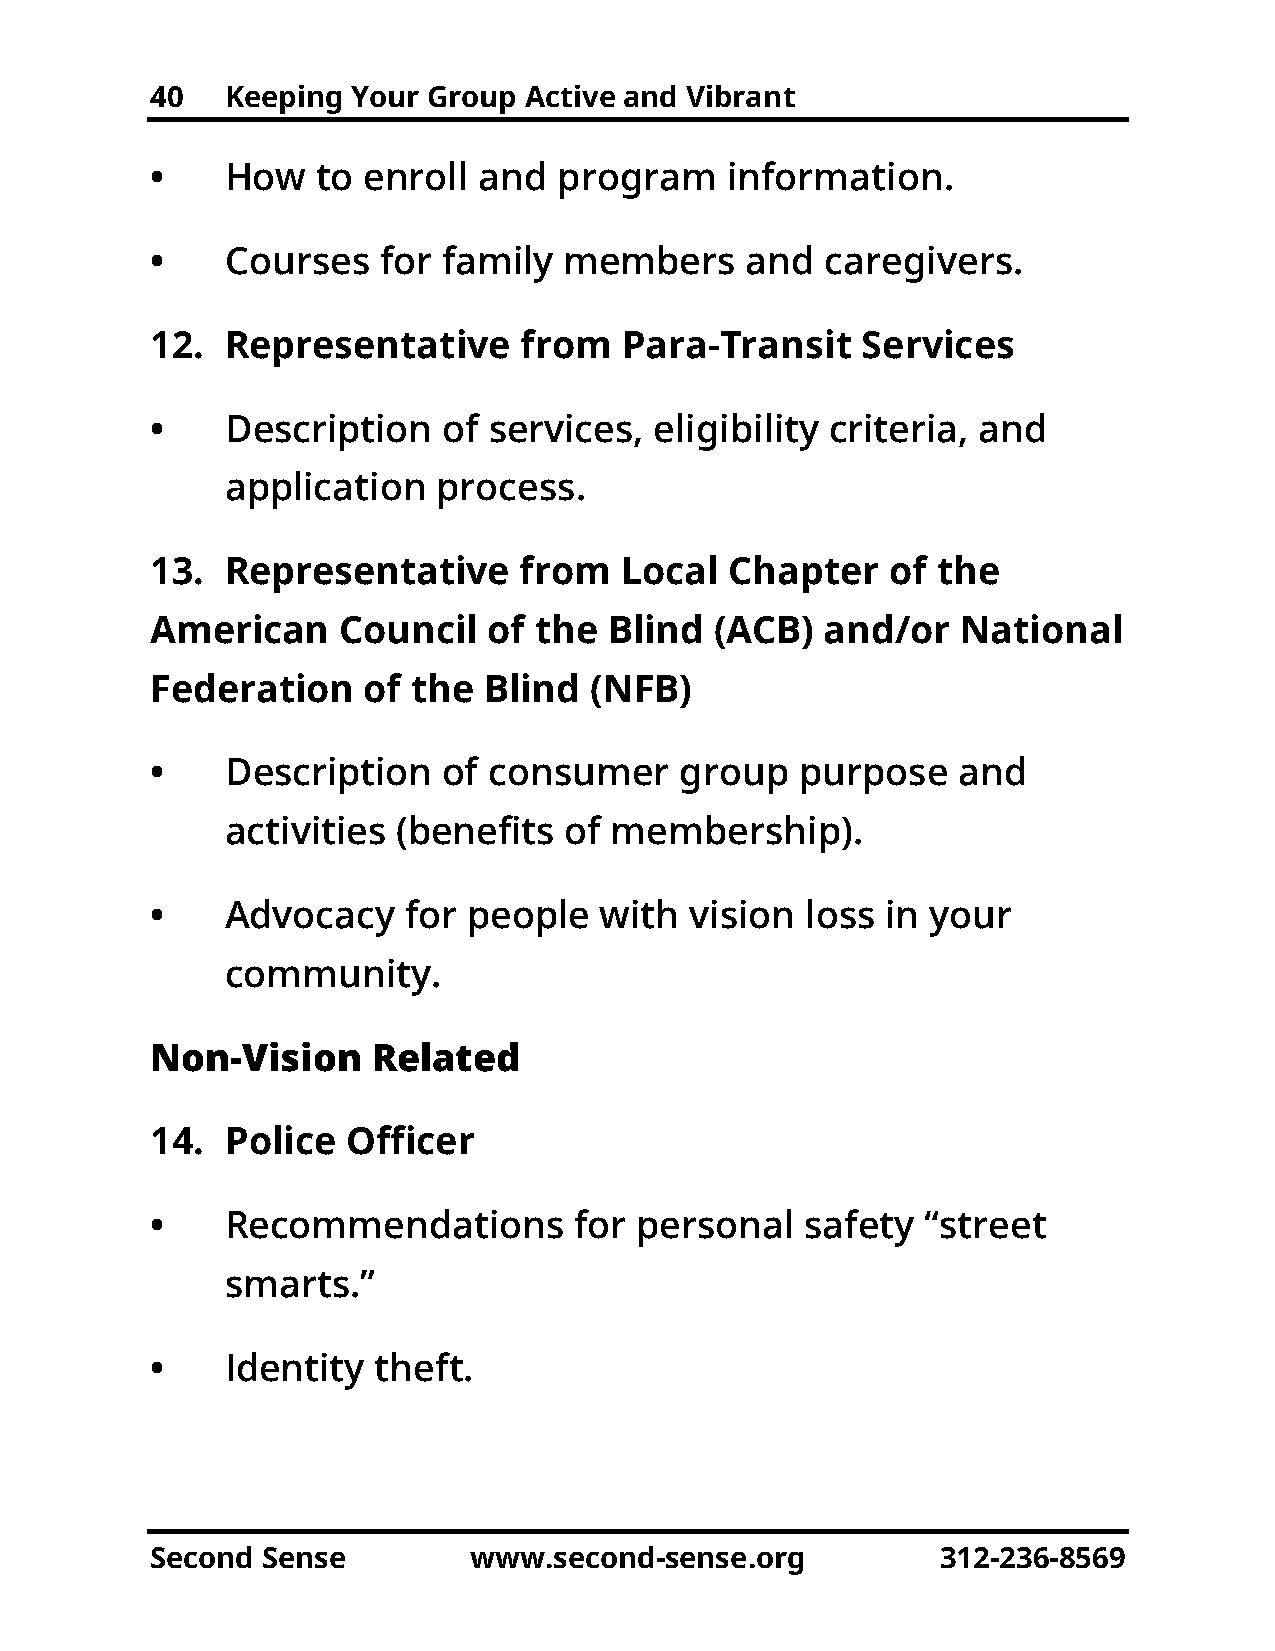
40   Keeping Your Group  Active and Vibrant
 •    How   to enroll  and  program    information.
 •    Courses   for family  members     and   caregivers.
 12.  Representative     from   Para-Transit    Services
 •    Description   of services,  eligibility criteria, and
 application   process.
 13.  Representative     from   Local  Chapter    of the
 American    Council   of the  Blind  (ACB)   and/or   National
 Federation    of the  Blind  (NFB)
 •    Description   of consumer     group   purpose   and
 activities (benefits  of membership).
 •    Advocacy    for people   with  vision loss  in your
 community.
 Non-Vision     Related
 14.  Police  Officer
 •    Recommendations        for personal   safety  “street
 smarts.”
 •    Identity  theft.
 Second Sense         www.second-sense.org           312-236-8569